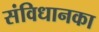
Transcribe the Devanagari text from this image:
संविधानका